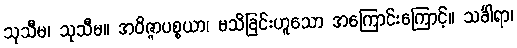
သုသီမ၊ သုသီမ။ အဝိဇ္ဇာပစ္စယာ၊ မသိခြင်းဟူသော အကြောင်းကြောင့်။ သင်္ခါရာ၊